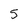
Character: 5